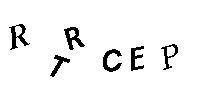
RTRCEP